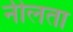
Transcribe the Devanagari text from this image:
नीलता